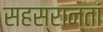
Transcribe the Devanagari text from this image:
सहस्रान्तां